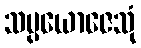
သမ္ပယောဇေသုံ